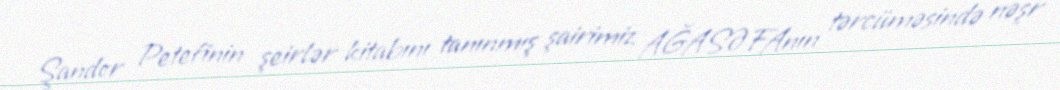
Şandor Petefinin şeirlər kitabını tanınmış şairimiz AĞASƏFAnın tərcüməsində nəşr